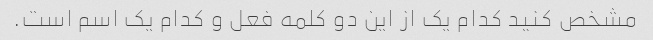
مشخص کنید کدام یک از این دو کلمه فعل و کدام یک اسم است.